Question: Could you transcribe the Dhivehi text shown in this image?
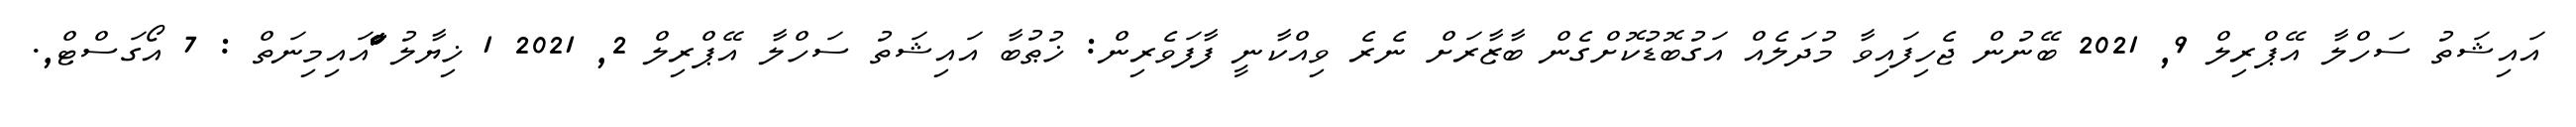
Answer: އައިޝަތު ސަހްލާ އޭޕްރިލް 9, 2021 ބޭނުން ޖެހިފައިވާ މުދަލެއް އަގުބޮޑުކޮށްގެން ބާޒާރަށް ނެރެ ވިއްކާނީ ފާފަވެރިން: ޚުޠުބާ އައިޝަތު ސަހްލާ އޭޕްރިލް 2, 2021 1 ޚިޔާލު ަަަަަަާާާާްްްަަަަަަަައައިމިނަތް : 7 އޯގަސްޓް,.